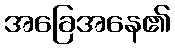
အခြေအနေ၏